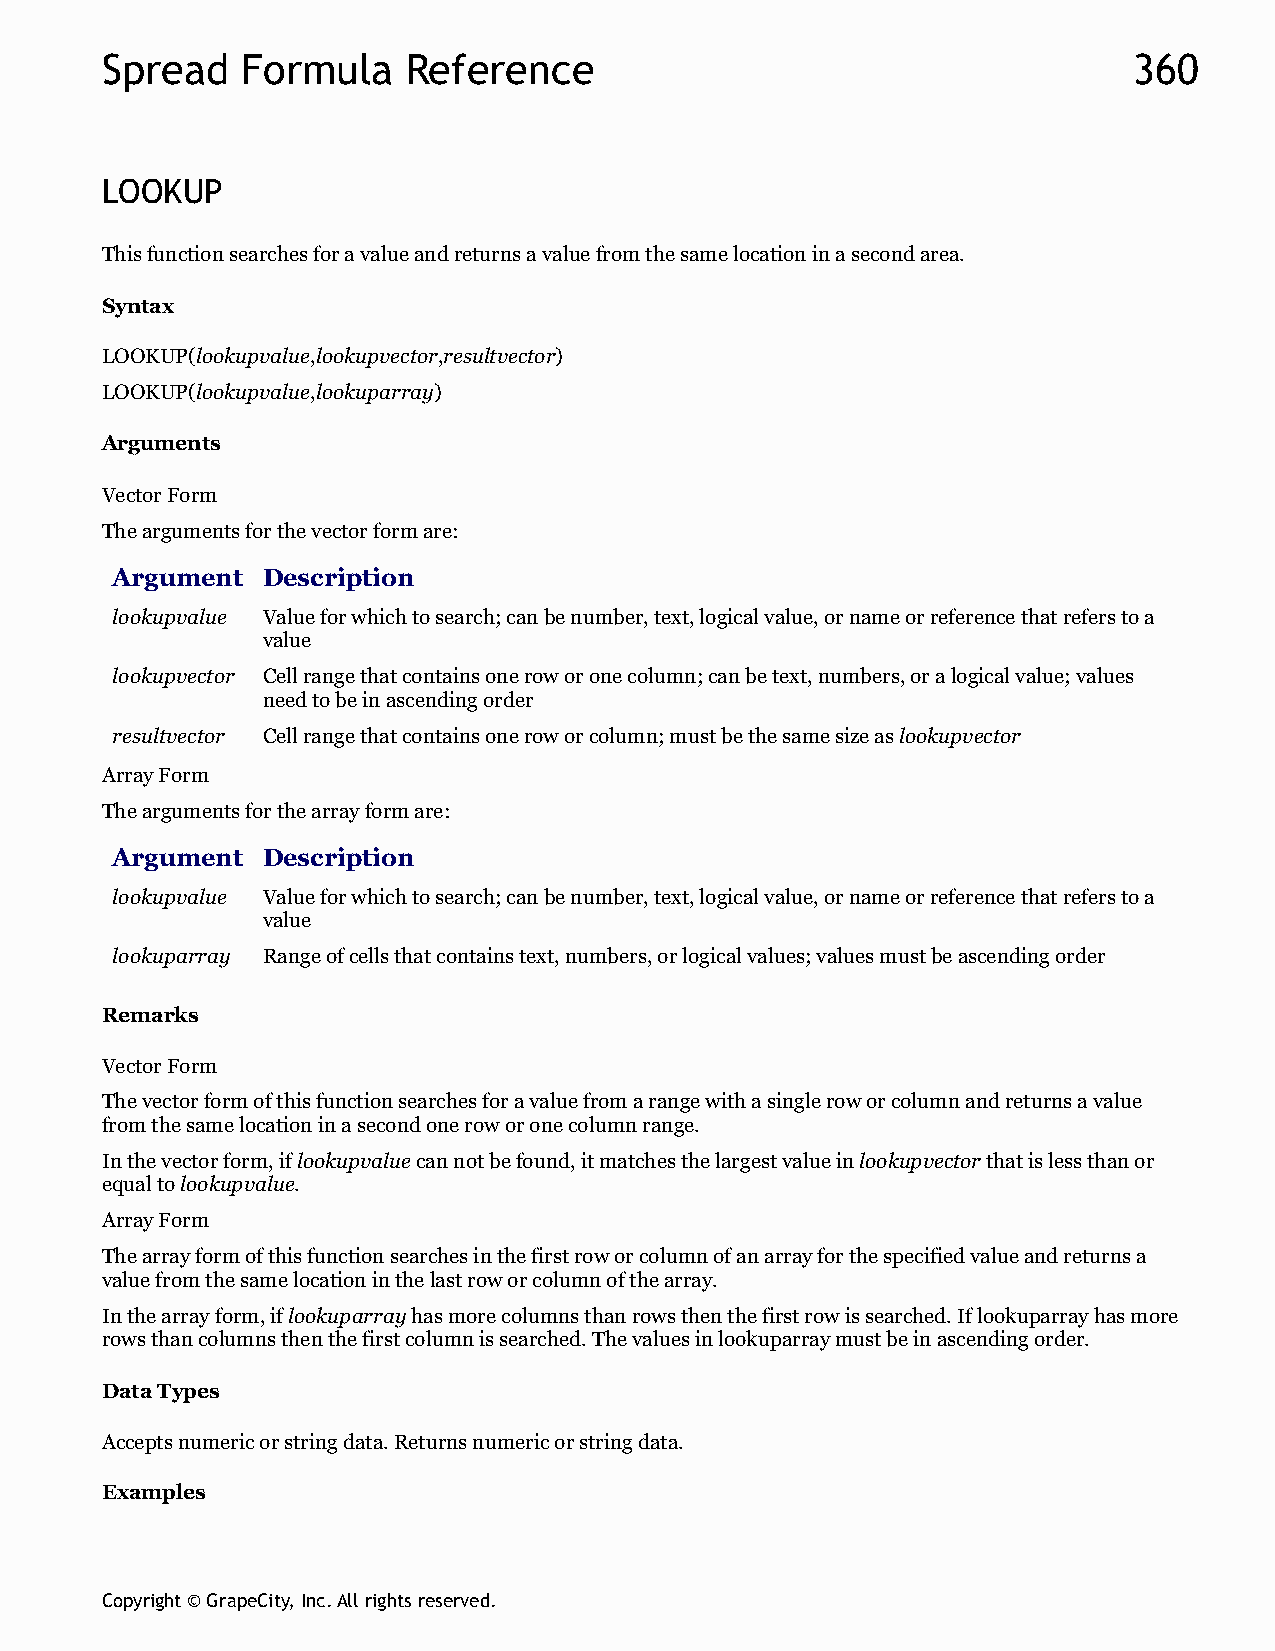
Spread   Formula    Reference                                       360
 LOOKUP
 This function searches for a value and returns a value from the same location in a second area.
 Syntax
 LOOKUP(lookupvalue,lookupvector,resultvector)
 LOOKUP(lookupvalue,lookuparray)
 Arguments
 Vector Form
 The arguments for the vector form are:
 Argument  Description
 lookupvalue Value for which to search; can be number, text, logical value, or name or reference that refers to a
 value
 lookupvector Cell range that contains one row or one column; can be text, numbers, or a logical value; values
 need to be in ascending order
 resultvector Cell range that contains one row or column; must be the same size as lookupvector
 Array Form
 The arguments for the array form are:
 Argument  Description
 lookupvalue Value for which to search; can be number, text, logical value, or name or reference that refers to a
 value
 lookuparray Range of cells that contains text, numbers, or logical values; values must be ascending order
 Remarks
 Vector Form
 The vector form of this function searches for a value from a range with a single row or column and returns a value
 from the same location in a second one row or one column range.
 In the vector form, if lookupvalue can not be found, it matches the largest value in lookupvector that is less than or
 equal to lookupvalue.
 Array Form
 The array form of this function searches in the first row or column of an array for the specified value and returns a
 value from the same location in the last row or column of the array.
 In the array form, if lookuparray has more columns than rows then the first row is searched. If lookuparray has more
 rows than columns then the first column is searched. The values in lookuparray must be in ascending order.
 Data Types
 Accepts numeric or string data. Returns numeric or string data.
 Examples
 Copyright © GrapeCity, Inc. All rights reserved.